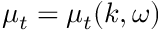
\mu _ { t } = \mu _ { t } ( k , \omega )